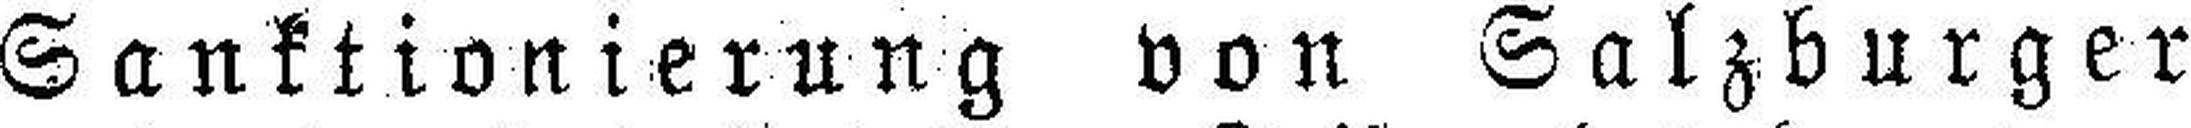
Sanktionierung von Salzburger